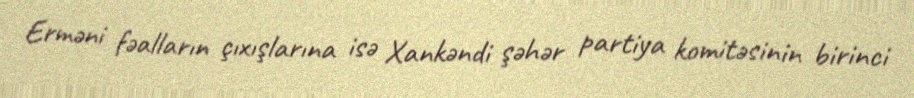
Erməni fəalların çıxışlarına isə Xankəndi şəhər partiya komitəsinin birinci